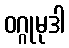
ဝဂ္ဂုမုဒါ